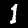
Digit: 1